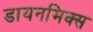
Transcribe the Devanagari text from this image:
डायनमिक्स